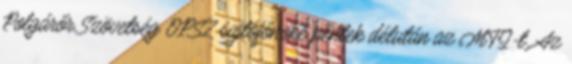
Polgárőr Szövetség OPSZ sajtófőnöke péntek délután az MTI-t. Az